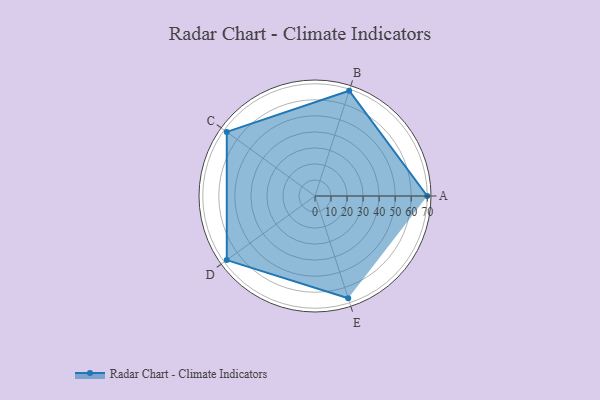
{"axis": {"x": "Skill", "y": "Score"}, "legend": ["Profile"], "data": [{"x": "A", "y": 70.0, "type": "Profile"}, {"x": "B", "y": 69.0, "type": "Profile"}, {"x": "C", "y": 68.0, "type": "Profile"}, {"x": "D", "y": 68.0, "type": "Profile"}, {"x": "E", "y": 67.0, "type": "Profile"}]}